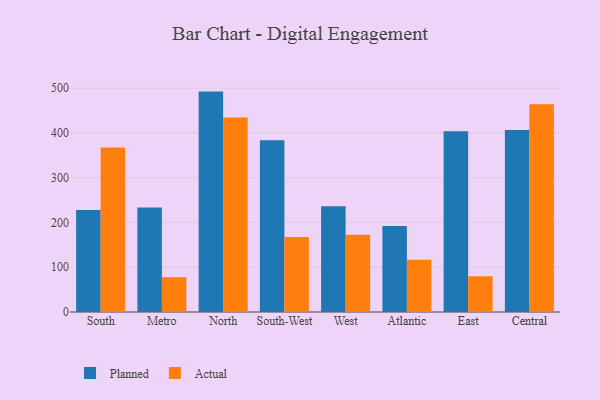
{"axis": {"x": "Region", "y": "Tickets Resolved"}, "legend": ["Actual", "Planned"], "data": [{"x": "South", "y": 227.8, "type": "Planned"}, {"x": "South", "y": 367.2, "type": "Actual"}, {"x": "Metro", "y": 233.1, "type": "Planned"}, {"x": "Metro", "y": 77.7, "type": "Actual"}, {"x": "North", "y": 492.1, "type": "Planned"}, {"x": "North", "y": 434.5, "type": "Actual"}, {"x": "South-West", "y": 383.4, "type": "Planned"}, {"x": "South-West", "y": 167.5, "type": "Actual"}, {"x": "West", "y": 236.1, "type": "Planned"}, {"x": "West", "y": 172.7, "type": "Actual"}, {"x": "Atlantic", "y": 192.0, "type": "Planned"}, {"x": "Atlantic", "y": 116.8, "type": "Actual"}, {"x": "East", "y": 403.3, "type": "Planned"}, {"x": "East", "y": 79.8, "type": "Actual"}, {"x": "Central", "y": 406.4, "type": "Planned"}, {"x": "Central", "y": 463.6, "type": "Actual"}]}